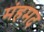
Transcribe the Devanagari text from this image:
मंहमद